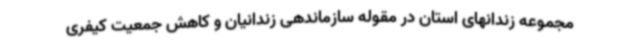
مجموعه زندانهای استان در مقوله سازماندهی زندانیان و کاهش جمعیت کیفری